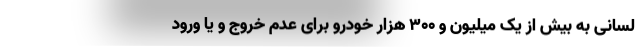
لسانی به بیش از یک میلیون و ۳۰۰ هزار خودرو برای عدم خروج و یا ورود